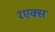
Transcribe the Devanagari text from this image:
१एक्स